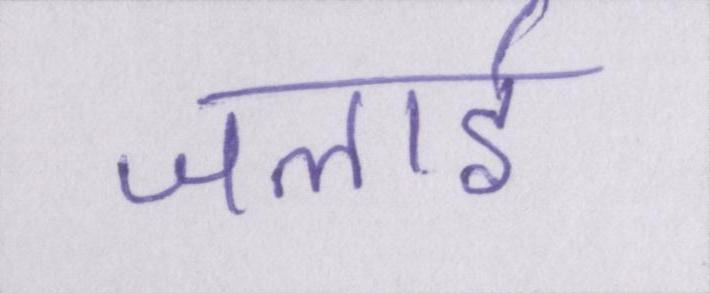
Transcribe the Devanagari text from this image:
जलाई